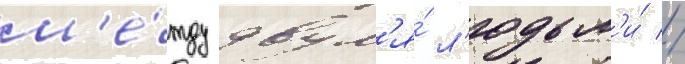
м'е́жду двум'я́ л'юдьм'и́ //